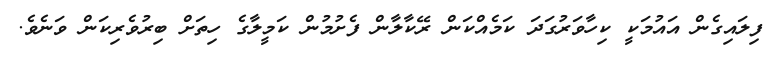
ފިލައިގެން އައުމަކީ ކިހާވަރުގަދަ ކަމެއްކަން ރޭކާލާން ފެށުމުން ކަމީލާގެ ހިތަށް ބިރުވެރިކަން ވަނެވެ.